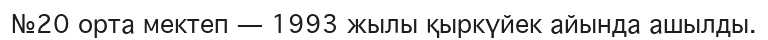
№20 орта мектеп — 1993 жылы қыркүйек айында ашылды.